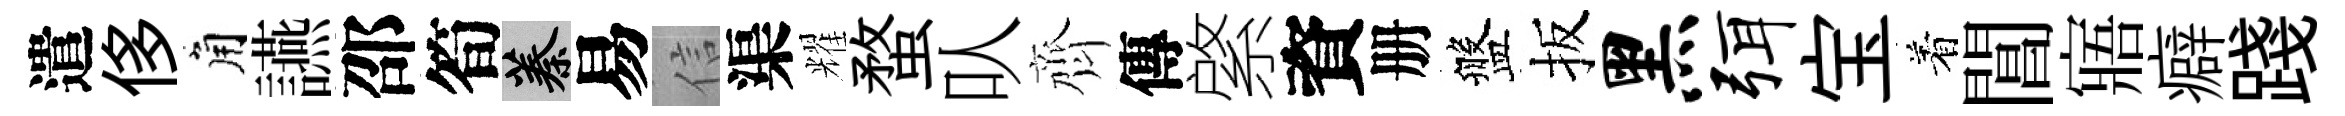
遣侈角讌邵筍蓁易信渠耀蝥㕥齊傳綮資册盤扳黑弭宝着閶寤癖踐